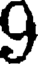
9